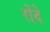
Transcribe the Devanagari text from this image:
रोंदे